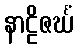
နာဠိဇင်္ဃံ